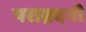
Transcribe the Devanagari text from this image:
पराग्नदगी